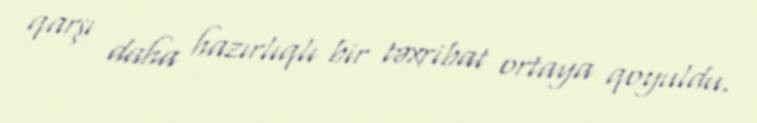
qarşı daha hazırlıqlı bir təxribat ortaya qoyuldu.